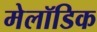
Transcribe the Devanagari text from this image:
मेलॉडिक